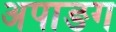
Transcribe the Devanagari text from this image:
अपाङग